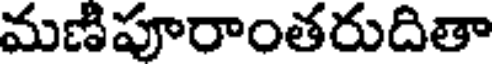
మణిపూరాంతరుదితా